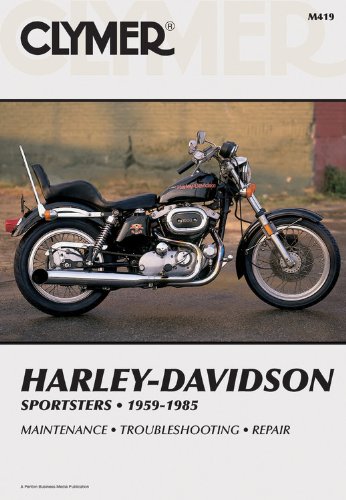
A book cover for Clymer Harley-Davidson Sportsters 59-85: Service, Repair, Maintenance; Inc. Haynes Manuals; Engineering & Transportation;